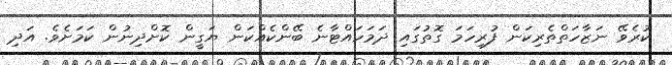
ކުރެވޭ ނަޒާހަތްތެރިކަން ފުރިހަމަ ގޮތުގައި ދަމަހައްޓާނެ ބޭންކެއްކަން ޔަގީން ކޮށްދިނުން ކަމަށެވެ. އަދި